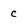
Character: c